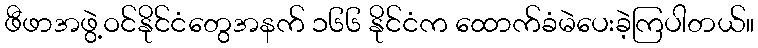
ဖီဖာအဖွဲ့ဝင်နိုင်ငံတွေအနက် ၁၆၆ နိုင်ငံက ထောက်ခံမဲပေးခဲ့ကြပါတယ်။